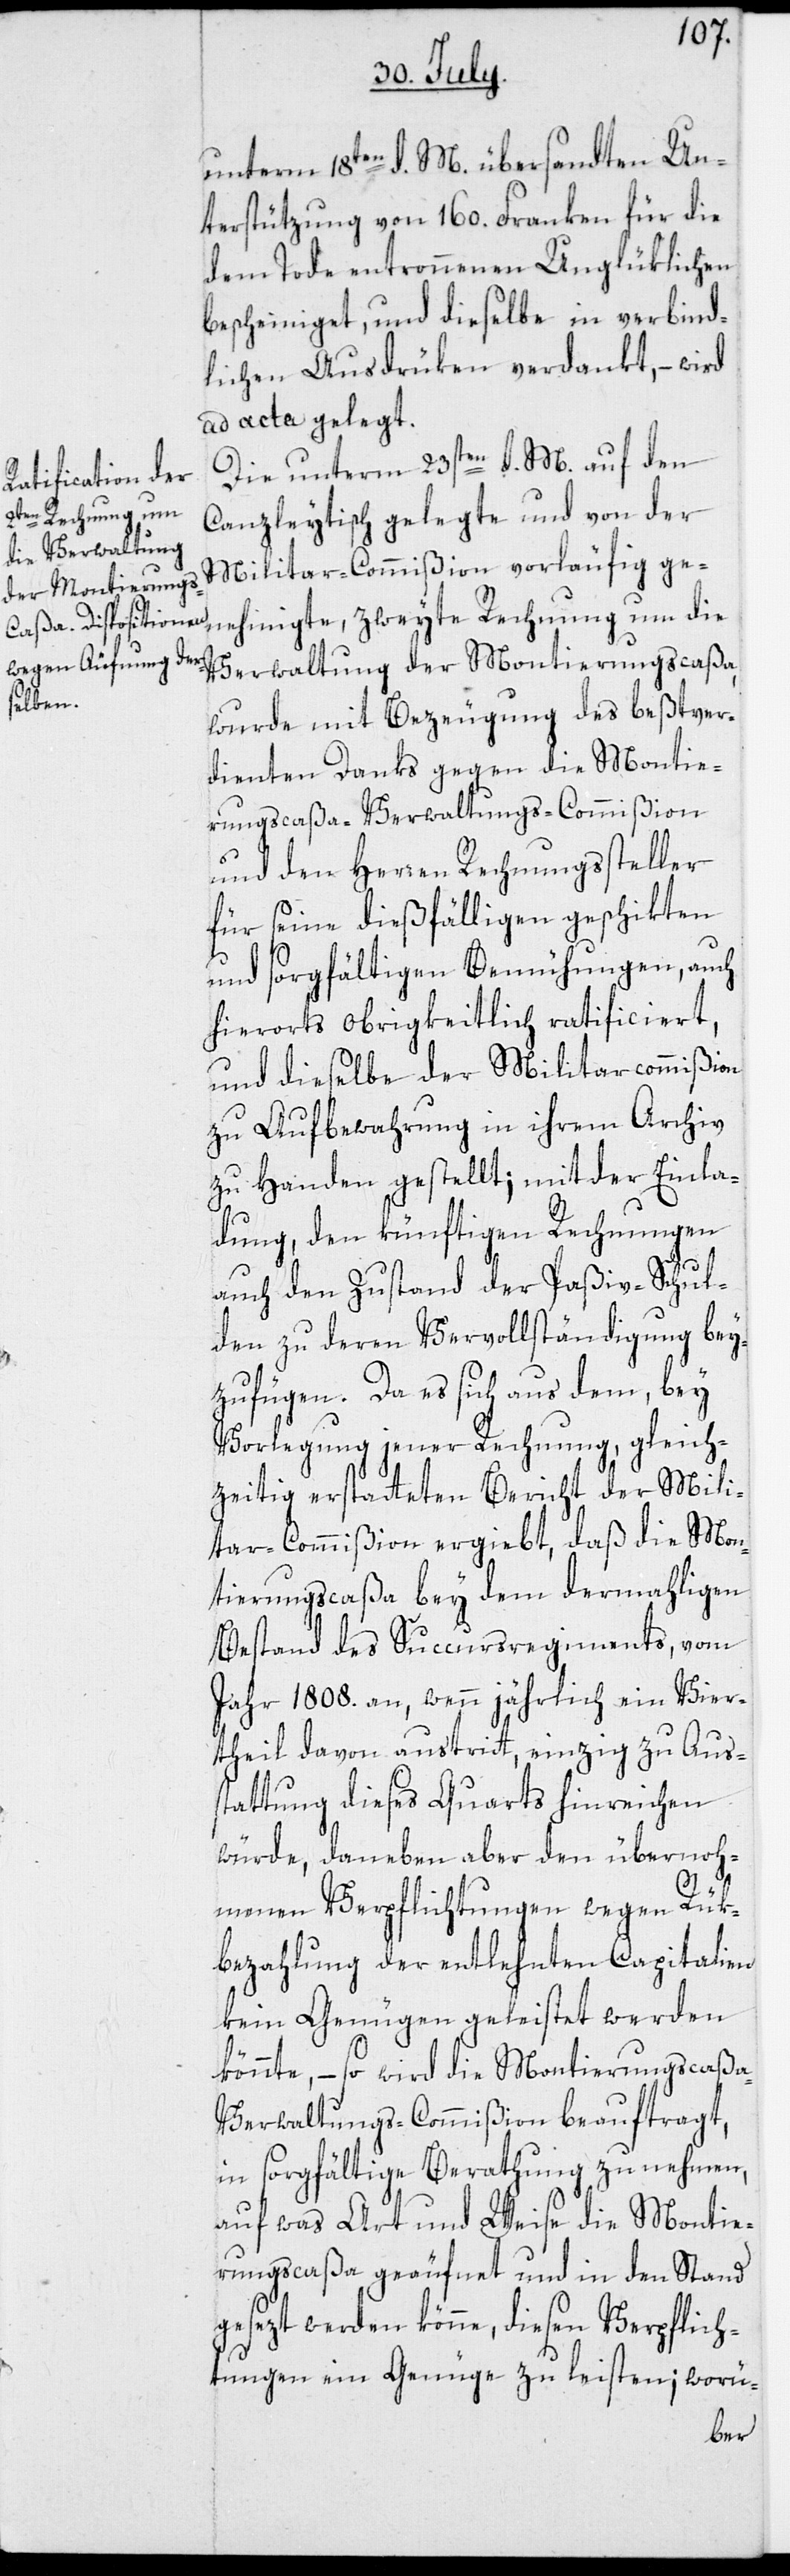
unterm 18ten d. M. übersandten Un¬
terstützung von 160. Franken für die
dem Tode entronnenen Unglüklichen
bescheiniget, und dieselbe in verbind¬
lichen Ausdrüken verdankt, – wird
ad acta gelegt.
Die unterm 23sten d. M. auf den
Canzleytisch gelegte und von der
Militar-Commißion vorläufig ge¬
nehmigte, zweyte Rechnung um die
Verwaltung der Montierungscaßa,
wurde mit Bezeugung des beßtver¬
dienten Danks gegen die Montie¬
rungscaßa-Verwaltungs-Commißion
und den Herren Rechnungssteller
für seine dießfälligen geschikten
und sorgfältigen Bemühungen, auch
hierorts obrigkeitlich ratificiert,
und dieselbe der Militarcommißion
zu Aufbewahrung in ihrem Archiv
zu Handen gestellt; mit der Einla¬
dung, den künftigen Rechnungen
auch den Zustand der Paßiv-Schul¬
den zu deren Vervollständigung bey¬
zufügen. Da es sich aus dem, bey
Vorlegung jener Rechnung, gleich¬
zeitig erstatteten Bericht der Mili¬
tar-Commißion ergiebt, daß die Mon¬
tierungscaßa bey dem dermahligen
Bestand des Succursregiments, vom
Jahr 1808. an, wenn jährlich ein Vier¬
theil davon austritt, einzig zu Aus¬
tattung dieses Quarts hinreichen
würde, daneben aber den übernoh¬
s¬
menen Verpflichtungen wegen Rük¬
bezahlung der entlehnten Capitalien
kein Genügen geleistet werden
könnte, – so wird die Montierungscaßa-V¬
erwaltungs-Commißion beauftragt,
in sorgfältige Berathung zu nehmen,
auf was Art und Weise die Montie¬
rungscaßa geäufnet und in den Stand
gesezt werden könne, diesen Verpflich¬
tungen ein Genüge zu leisten; worü-